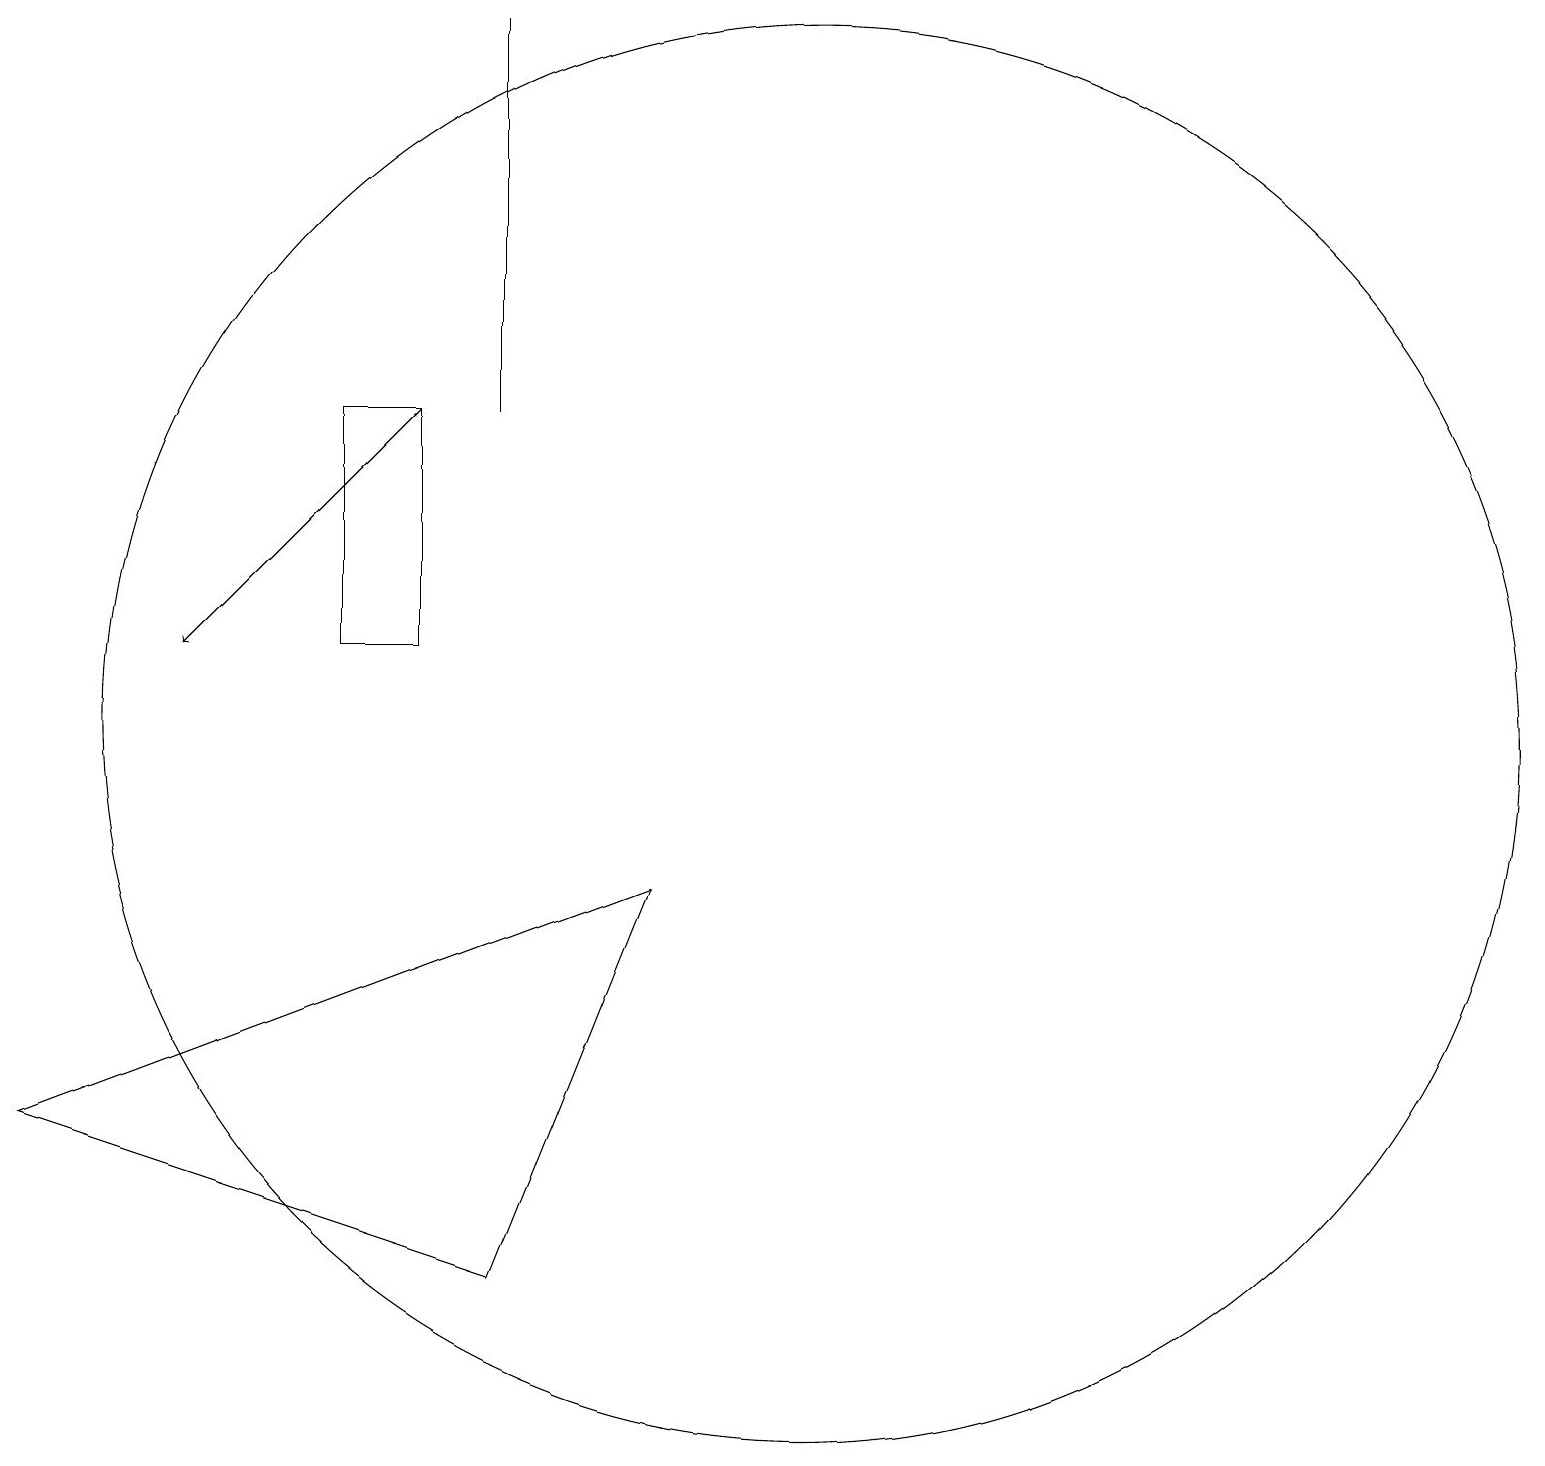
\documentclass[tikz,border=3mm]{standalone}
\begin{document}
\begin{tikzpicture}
\draw (5,11) rectangle (6,14);
\draw (7,19) rectangle (7,14);
\draw (11,10) circle (9);
\draw (9,8) -- (1,5) -- (7,3) -- cycle;
\draw[->] (6,14) -- (3,11);
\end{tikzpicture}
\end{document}